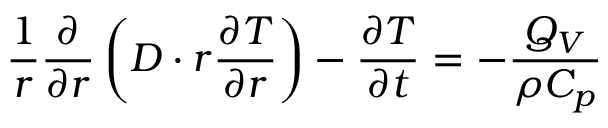
\frac { 1 } { r } \frac { \partial } { \partial r } \left( D \cdot r \frac { \partial T } { \partial r } \right) - \frac { \partial T } { \partial t } = - \frac { Q _ { V } } { \rho C _ { p } }